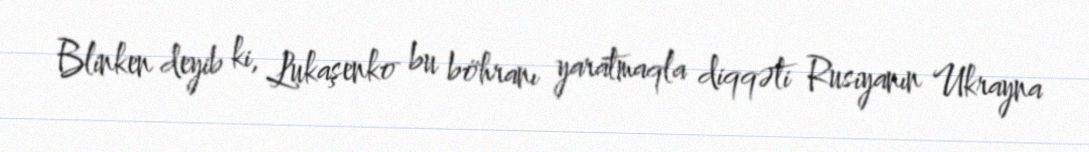
Blinken deyib ki, Lukaşenko bu böhranı yaratmaqla diqqəti Rusiyanın Ukrayna